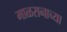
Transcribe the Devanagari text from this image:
माळरानाच्या